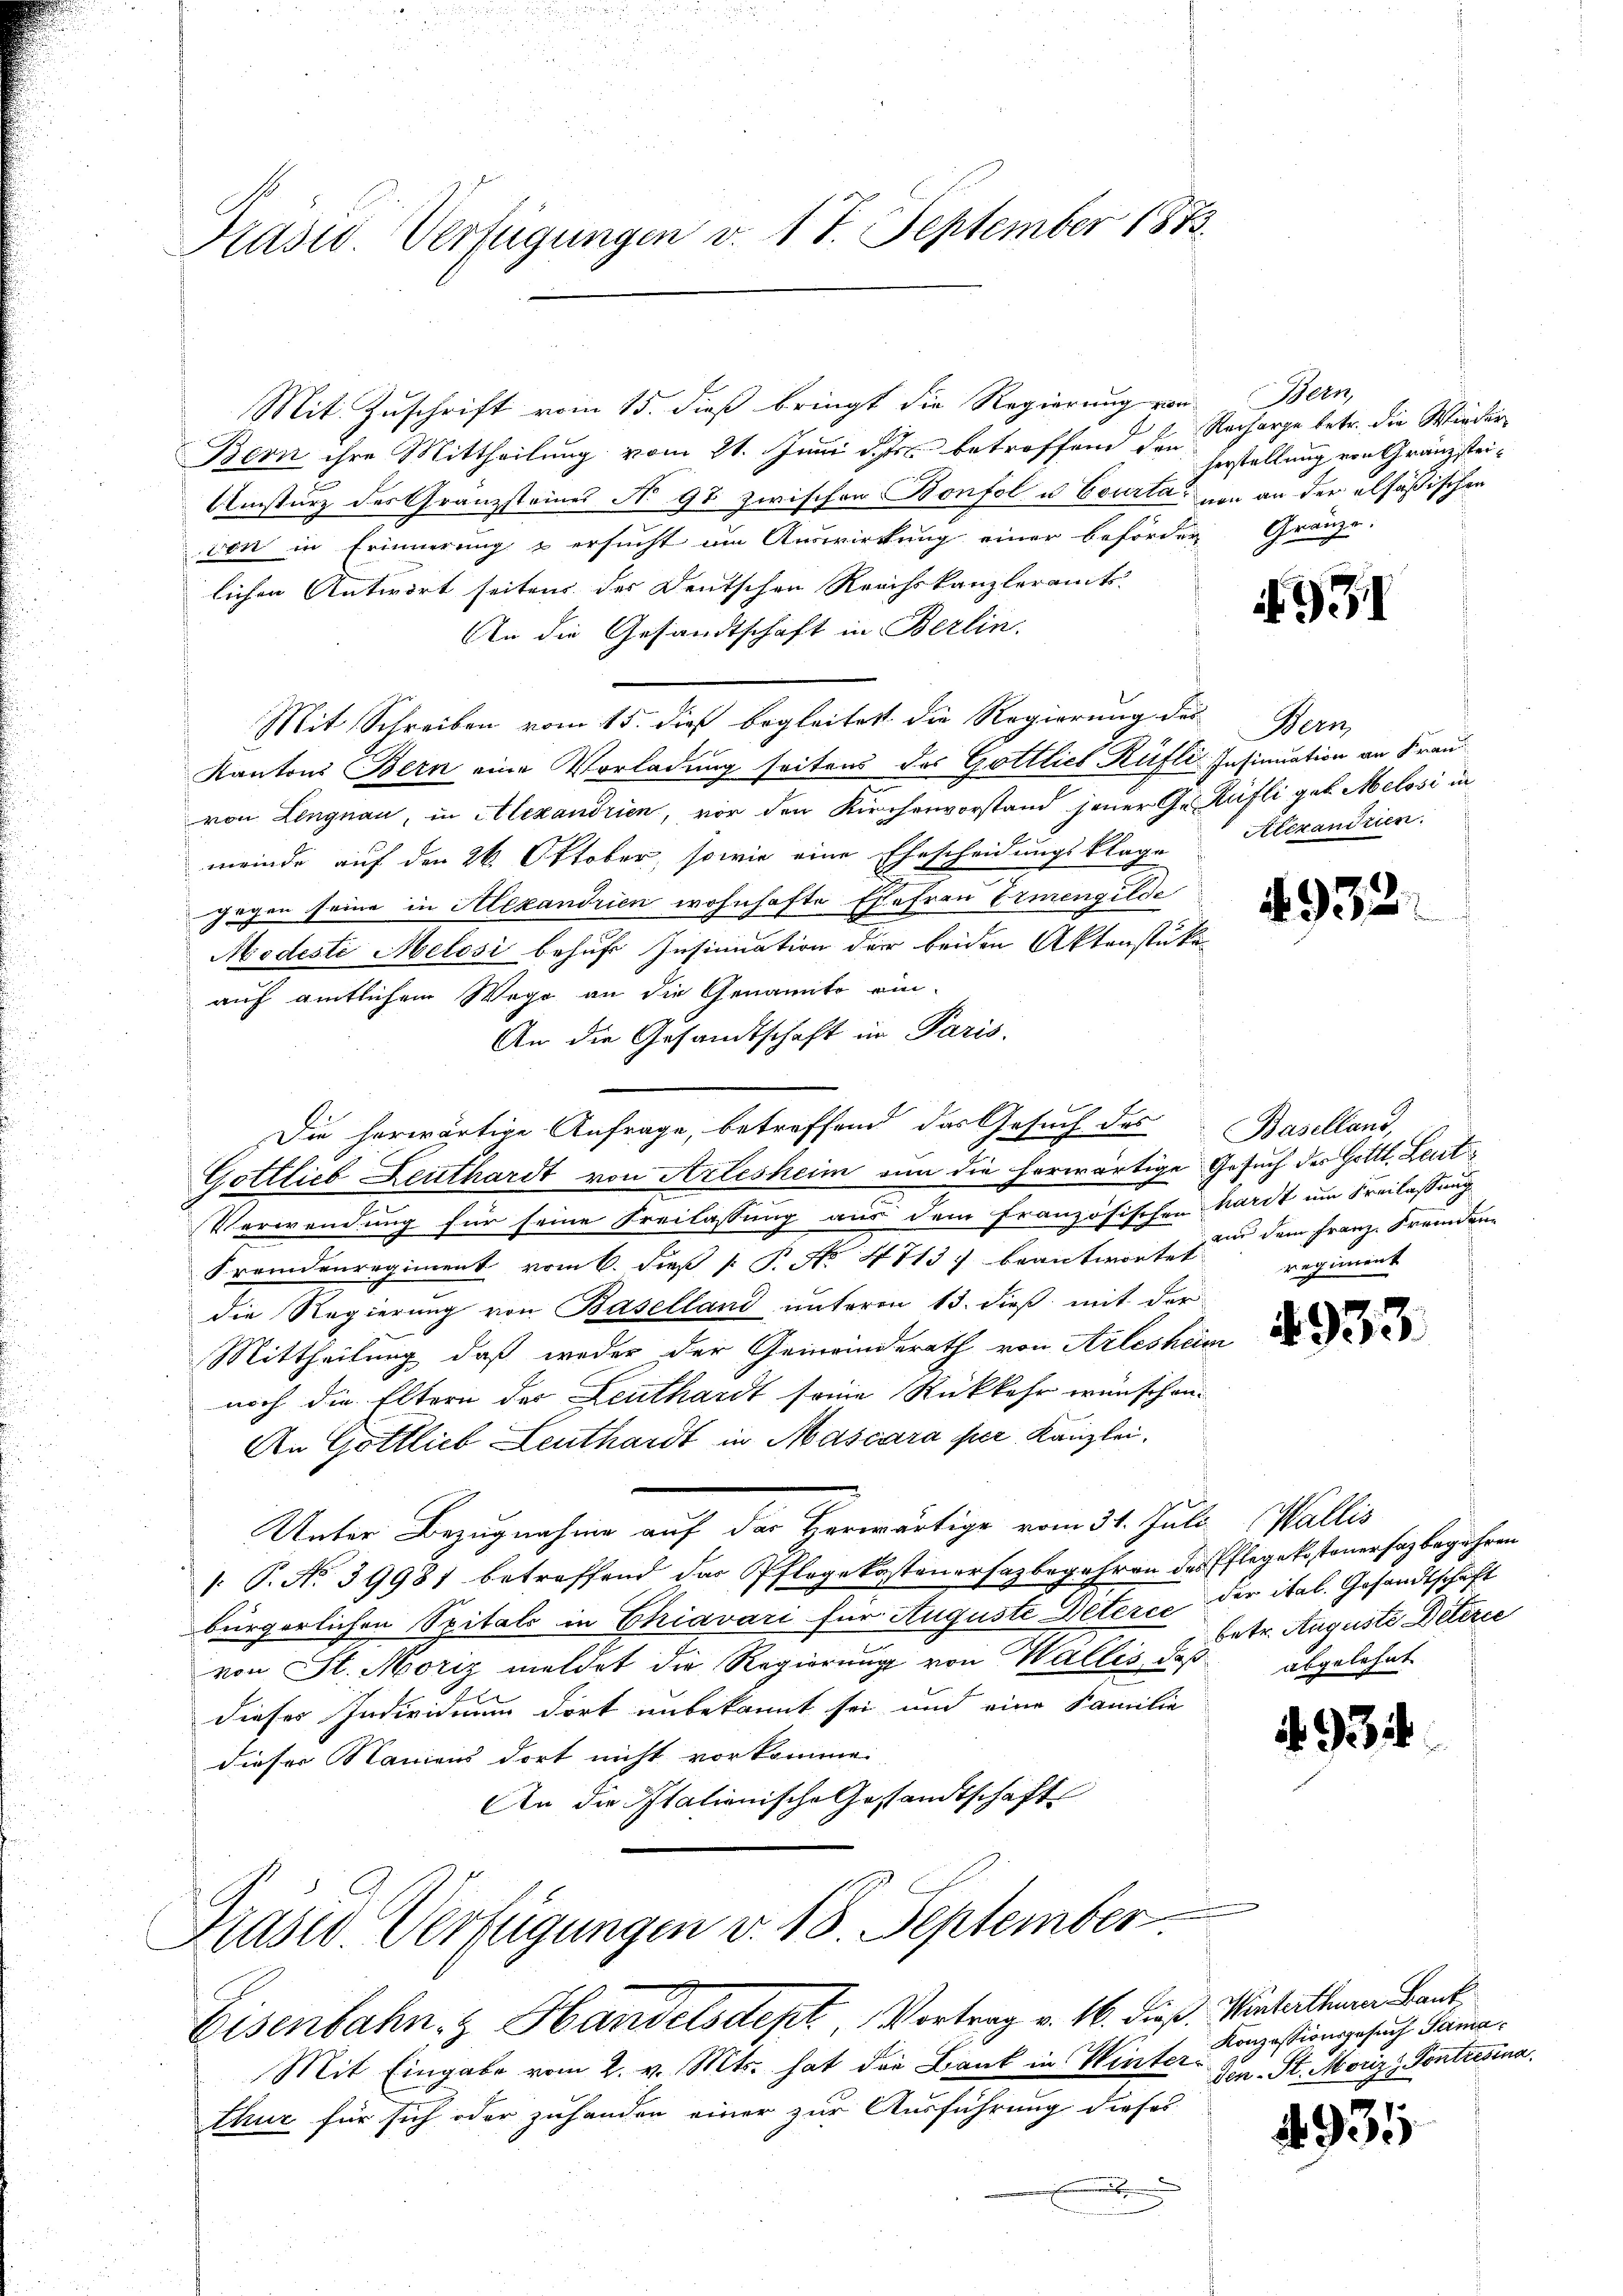
Prasw. Verfügungen v. 17. September 1873.

Mit Zuschrift vom 15. dieß bringt die Regierung von
Bern ihre Mittheilung vom 21. Juni d. Js. betroffend den
Umsturz des Granzsteines No 97 zwischen Bonfol u Courta, von an der elsäßischen
von in Erinnerung & ersucht am Auswirkung einer beförder Gränze.
lichen Antwort seiten der Deutschen Reichskanzleramt
An die Gesandtschaft in Berlin.
Mit Schreiben vom 15. dieß begleitet die Regierung des
Kantons Bern eine Vorladung seitens des Gottlieb Küfli-Insinuation an Frau
von Lengnau, in Alexandrien, vor den Kirchenvorstand jener Gräfli geb. Melosi in
meinde auf den 26. Oktober, sowie eine Ehescheidungsklage
gegen seine in Alexandrien wohnhafte Ehefrau Ermengilde
Modeste Melosi behufe Insinuation der beiden Aktenstüken
auf amtlichem Wege an die Genannte ein-
An die Gesandtschaft in Paris.
Gottlieb Leuthardt von Arlesheim von die herwärtige Gesuch der Gottl. Leut
Verwendung für seine Freilassung aus dem französischen hardt um Freilassung
Fremdenregiment vom 6. dieß P. No. 4713. beantwortet regiment
die Regierung von Baselland unterm 13. dieß mit der
Mittheilung, daß weder der Gemeinderath von Arlesheri
noch die Eltern des Leuthardt seine Rückkehr wünschen.
An Gottlieb Leuthardt in Mascara per Kanzlei,
Unter Bezugnahme auf der Herwärtige vom 31. Juli Wallis
[. P. No 39981 betreffend das Pflegekostenersagbegehren des Pflegekosteuersaz begehren
bürgerlichen Spitals in Chiavari für Auguste Deterce der ital. Gesandtschaft
von St. Moriz meldet die Regierung von Wallis, daß abgelehnt
dieses Individuum dort unbekannt sei und eine Familie
dieser Namens dort nicht vorkomme.
An die Italienische Gestandtschaft

Die herwärtige Anfrage, betreffend das Gesuch des

Präser Verfügungen v. 18. September

Eisenbahn, Handelsdept Vortrag v. 16. dieß. Winterthum Bank

Mit Eingabe vom 2. v. Mts. hat die Bank in Winter-
thur für sich oder zuhanden einer zur Ausführung dieses
e

Bern,
Racharge betr. die Wieder
herstellung von Granzstei¬

931

Wein
Alexandrien.

4932.

Baselland,
and dem Franz. Fremden

4933

betr. Auguste Deterie

934

Konzessionsgesuch Samaden St. Moriz Pontresina

4935